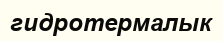
гидротермалык